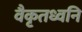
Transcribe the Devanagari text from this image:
वैकृतध्वनि